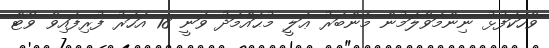
ވާހަކަފުޅު ނިންމަވާލަމުން މެންބަރު ޢަލީ މުޙައްމަދު ވަނީ 18 އަހަރު ފުރިފައިވާ ވޯޓް